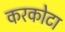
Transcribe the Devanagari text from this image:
करकोटा